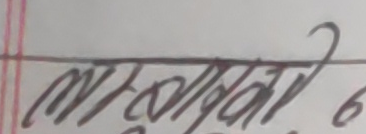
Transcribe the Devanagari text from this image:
मसोरघाटि